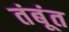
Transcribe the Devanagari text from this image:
तंबूंत